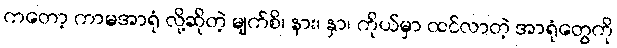
ကတော့ ကာမအာရုံ လို့ဆိုတဲ့ မျက်စိ၊ နား၊ နှာ၊ ကိုယ်မှာ ထင်လာတဲ့ အာရုံတွေကို